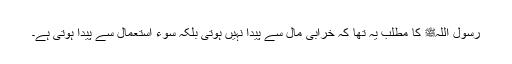
رسول اللہﷺ کا مطلب یہ تھا کہ خرابی مال سے پیدا نہیں ہوتی بلکہ سوء استعمال سے پیدا ہوتی ہے۔